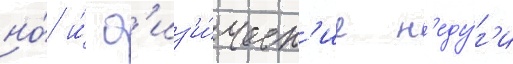
но́ и́ ф'из'и́ческ'ие н'еду́г'и